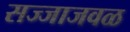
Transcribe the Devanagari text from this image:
सज्जाजवळ